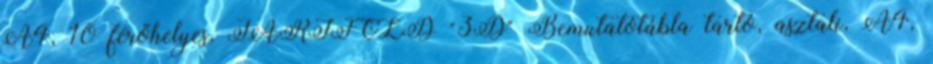
A4, 10 férőhelyes, TARIFOLD "3D" Bemutatótábla tartó, asztali, A4,